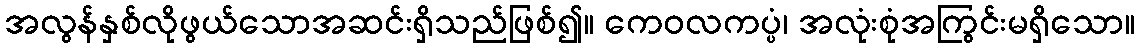
အလွန်နှစ်လိုဖွယ်သောအဆင်းရှိသည်ဖြစ်၍။ ကေဝလကပ္ပံ၊ အလုံးစုံအကြွင်းမရှိသော။